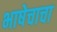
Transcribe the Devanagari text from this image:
भाषेचाचा